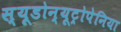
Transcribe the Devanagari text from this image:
स्यूडोन्यूट्रोपेनिया